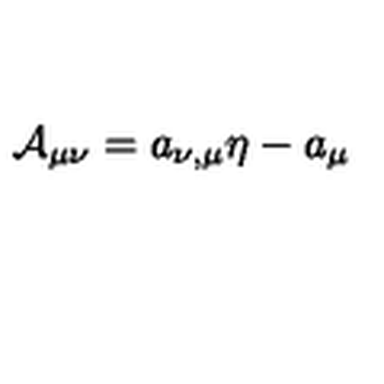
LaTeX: { \cal A } _ { \mu \nu } = { a } _ { \nu , \mu } \eta - { a } _ { \mu }